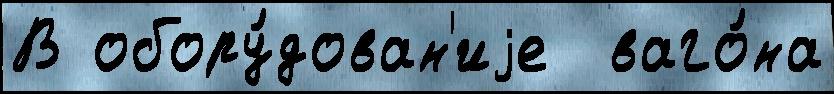
В обору́дован'иjе  ваго́на